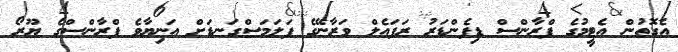
އެގޮތުން އެޓީމުގެ ފްރާންސް ޑިފެންޑަރު ރަފައެލް ވަރާނޭގެ ފަލަމަސްގަނޑަށް އަނިޔާވެ ފްރާންސްގެ ޔޫރޯ